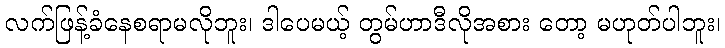
လက်ဖြန့်ခံနေစရာမလိုဘူး၊ ဒါပေမယ့် တွမ်ဟာဒီလိုအစား တော့ မဟုတ်ပါဘူး၊